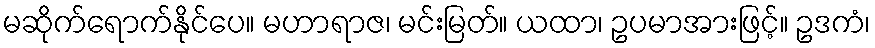
မဆိုက်ရောက်နိုင်ပေ။ မဟာရာဇ၊ မင်းမြတ်။ ယထာ၊ ဥပမာအားဖြင့်။ ဥဒကံ၊